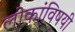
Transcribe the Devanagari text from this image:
लोकांविषयी